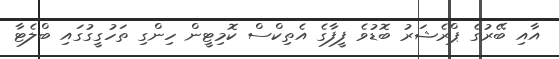
އާއި ބޭރުގެ ޕްރެޝަރު ބޮޑުވެ ފީފާގެ އެތިކްސް ކޮމިޓީން ހިންގި ތަހުގީގުގައި ބްލެޓާ